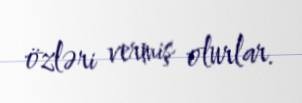
özləri vermiş olurlar.